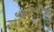
ડાયાબિટિશ